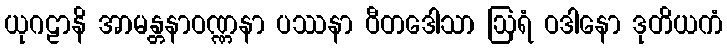
ယုဂဠာနိ အာမန္တနာဝဏ္ဏနာ ပဿနာ ဝီတဒေါသာ ဩရံ ဝဒါနော ဒုတိယကံ